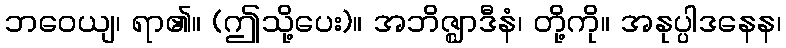
ဘဝေယျ၊ ရာ၏။ (ဤသို့ပေး)။ အဘိဇ္ဈာဒီနံ၊ တို့ကို။ အနုပ္ပါဒနေန၊